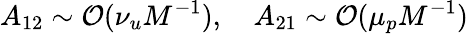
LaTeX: A_{12}\sim\mathcal{O}(\nu_{u}M^{-1}),\quad A_{21}\sim\mathcal{O}(\mu_{p}M^{-1})